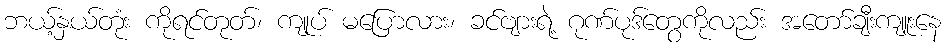
ဘယ့်နှယ်တုံး ကိုရင်တုတ်၊ ကျုပ် မပြောလား၊ ခင်ဗျားရဲ့ ဂုဏ်ပုဒ်တွေကိုလည်း အတော်ချီးကျူးနေ